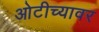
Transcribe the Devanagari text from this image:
ओटीच्यावर